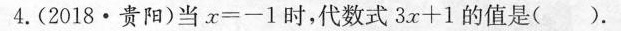
4.(2018·贵阳)当$$x=-1$$时，代数式$$3x+1$$的值是( )。